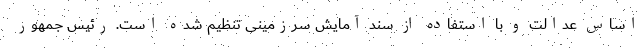
اساس عدالت و با استفاده از سند آمایش سرزمینی تنظیم شده است. رئیس جمهور